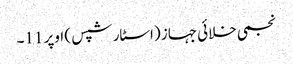
نجمی خلائی جہاز (اسٹار شپس ) اوپر 11۔